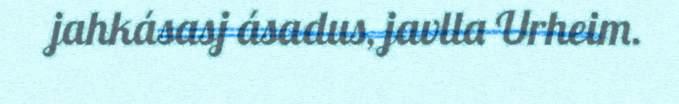
jahkásasj ásadus, javlla Urheim.